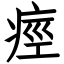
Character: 痙